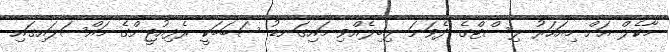
މާކެލް އަށް މިއަހަރު ލިސްޓްގެ ދެވަނަ ލިބިލެއްވި މައިގަނޑު ސަބަބަކީ ރެފިއުޖީންގެ މައްސަލައިގައި